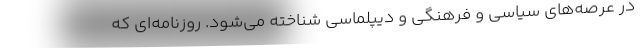
در عرصه‌های سیاسی و فرهنگی و دیپلماسی شناخته می‌شود. روزنامه‌ای که